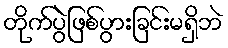
တိုက်ပွဲဖြစ်ပွားခြင်းမရှိဘဲ